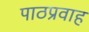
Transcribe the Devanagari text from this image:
पाठप्रवाह